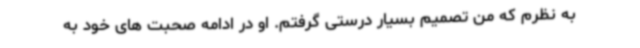
به نظرم که من تصمیم بسیار درستی گرفتم. او در ادامه صحبت های خود به